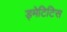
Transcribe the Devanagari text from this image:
ड्मेटिटिस